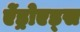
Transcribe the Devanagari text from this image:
ऐंड्रोएड्स